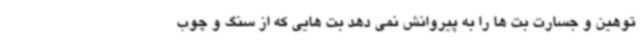
توهین و جسارت بت ها را به پیروانش نمی دهد بت هایی که از سنگ و چوب